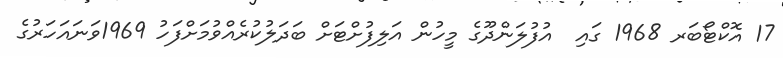
17 އޮކްޓޯބަރ 1968 ގައި  އުފުލަންދޫގެ މީހުން އަލިފުށްޓަށް ބަދަލުކުރެއްވުމަށްފަހު 1969ވަނައަހަރުގެ